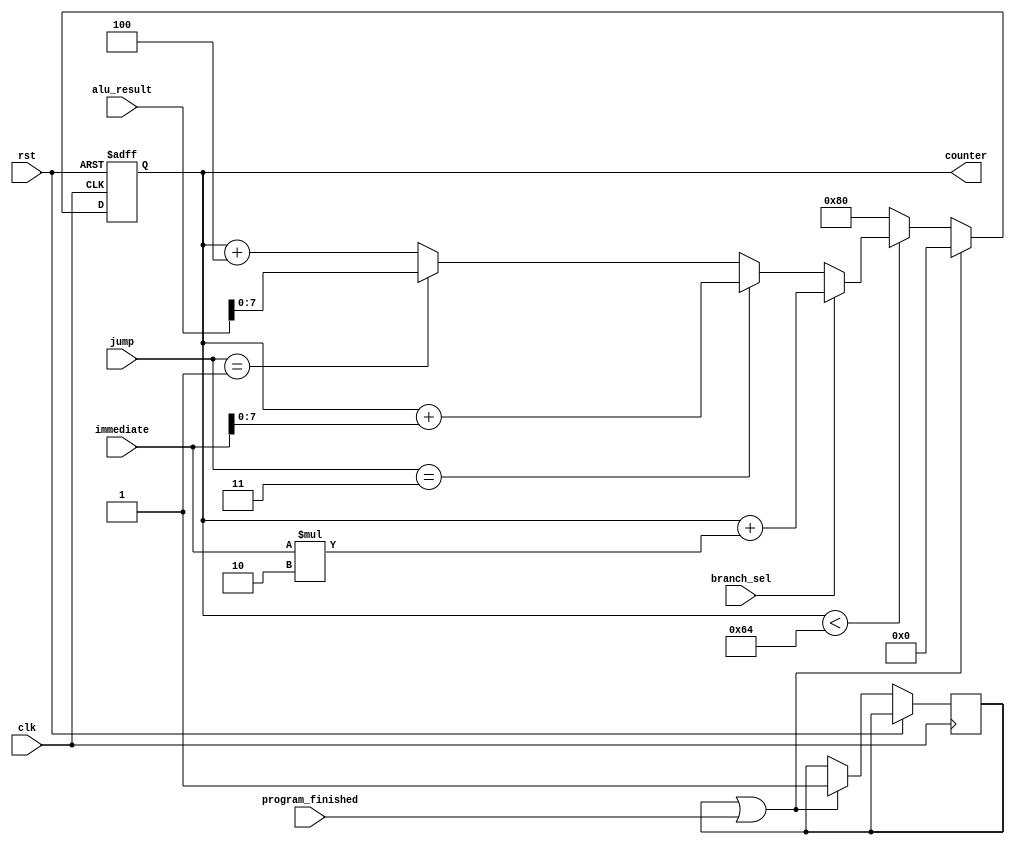
`timescale 1ns / 1ps

module pc (
    input clk,
    input rst,
    input [31:0] immediate,
    input branch_sel,
    input [1:0] jump,
    input [31:0] alu_result,
    input program_finished,
    output reg [7:0] counter
);
  wire [31:0] if_branch;
  reg pc_locked = 0;
  assign if_branch = counter + immediate * 2'd2;
  always @(posedge clk or posedge rst) begin
    if (rst == 1) begin
      counter <= 0;
    end else if (pc_locked || program_finished) begin
      counter   <= 0;
      pc_locked <= 1;
    end else if (counter < 100) begin
      if (branch_sel) begin
        counter <= if_branch;
      end else if (jump == 2'b11) begin
        counter <= counter + immediate;
      end else if (jump == 2'b01) begin
        counter <= alu_result;
      end else begin
        counter <= counter + 10'd4;
      end
    end else begin
      counter <= 10'd128;
    end
  end
endmodule